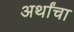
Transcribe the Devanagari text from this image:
अर्थांचा